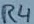
Text: R4